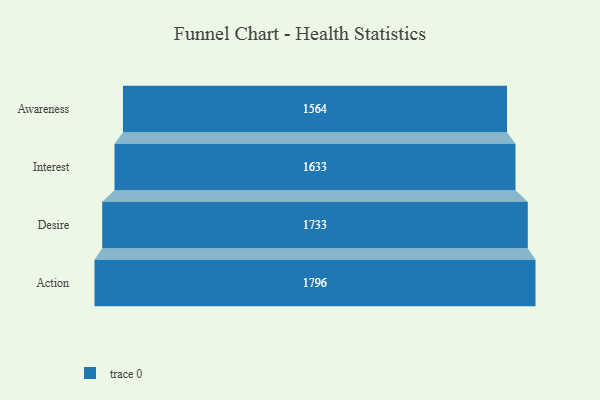
{"axis": {"x": "Stage", "y": "Value"}, "legend": [""], "data": [{"x": "Awareness", "y": 1564.0, "type": ""}, {"x": "Interest", "y": 1633.0, "type": ""}, {"x": "Desire", "y": 1733.0, "type": ""}, {"x": "Action", "y": 1796.0, "type": ""}]}